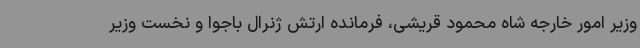
وزیر امور خارجه شاه محمود قریشی، فرمانده ارتش ژنرال باجوا و نخست وزیر